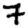
Digit: 7